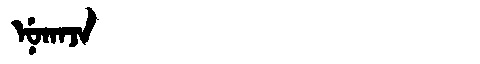
Manchu: ᠨᡠᡴᠠᠵᠠ
Romanization: NUKAJA